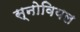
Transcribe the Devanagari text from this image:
स्नोवियल